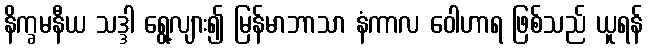
နိက္ခမနီယ သဒ္ဒါ ရွေ့လျား၍ မြန်မာဘာသာ နံကာလ ဝေါဟာရ ဖြစ်သည် ယူရန်